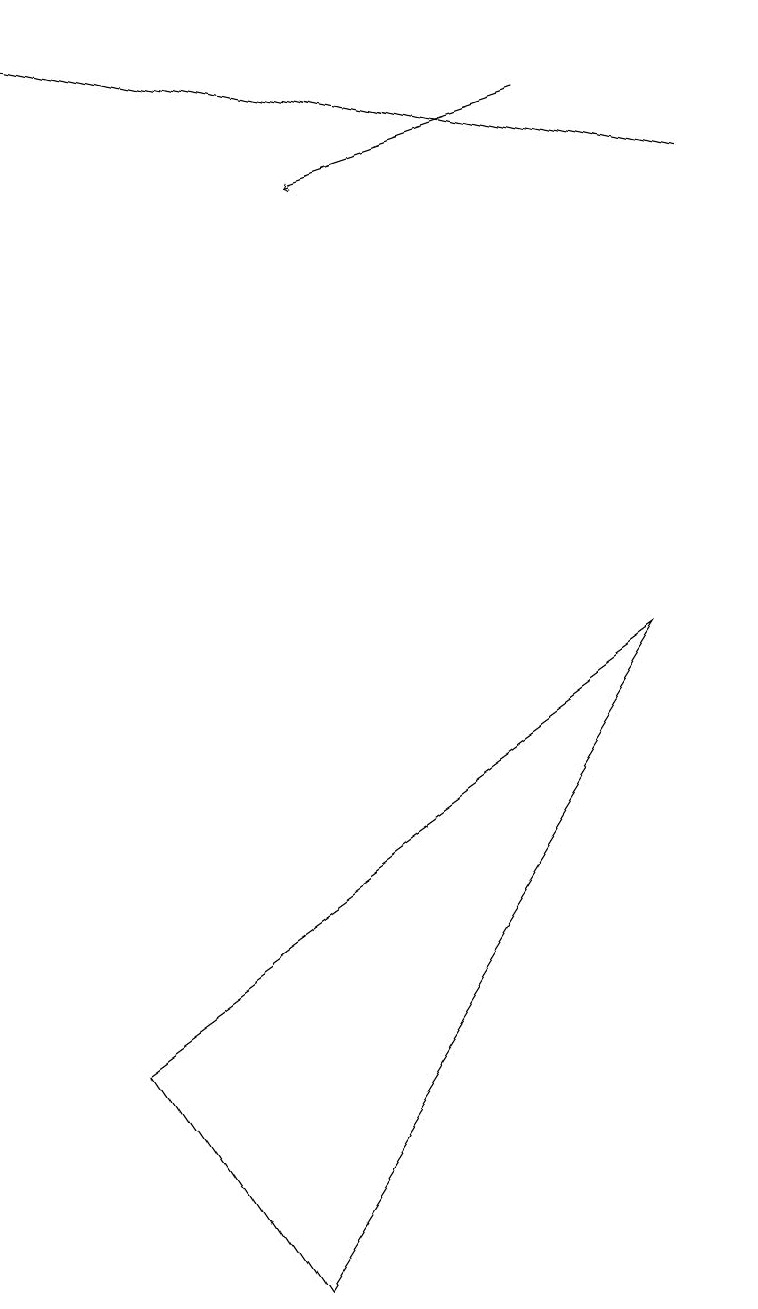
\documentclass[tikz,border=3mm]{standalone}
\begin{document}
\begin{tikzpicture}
\draw[->] (9,14) -- (0,16);
\draw (1,3) -- (8,8) -- (3,0) -- cycle;
\draw[->] (7,15) -- (4,14);
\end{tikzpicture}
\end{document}